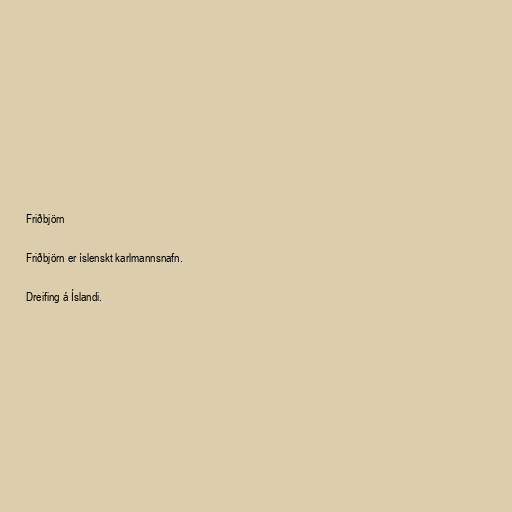
Friðbjörn

Friðbjörn er íslenskt karlmannsnafn.

Dreifing á Íslandi.